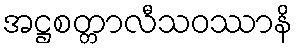
အဋ္ဌစတ္တာလီသဝဿာနိ